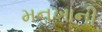
મનખાની